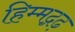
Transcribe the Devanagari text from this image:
हिम्मद्गढ़